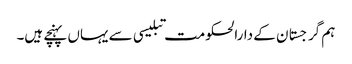
ہم گرجستان کے دارالحکومت تبلیسی سے یہاں پہنچے ہیں۔